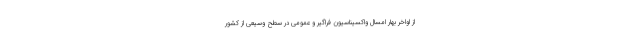
از اواخر بهار امسال واکسیناسیون فراگیر و عمومی در سطح وسیعی از کشور